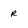
Character: r